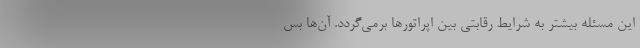
این مسئله بیشتر به شرایط رقابتی بین اپراتورها برمی‌گردد. آن‌ها بس